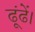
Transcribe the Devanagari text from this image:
ढूंढें।